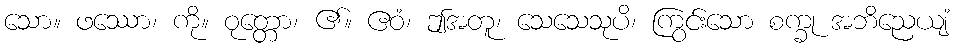
သော။ ဖဿော၊ ကို။ ဝုတ္တော၊ ၏။ ဧဝံ၊ ဤအတူ၊ သေသေသုပိ၊ ကြွင်းသော စက္ခု အဘိညေယျံ